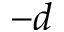
- d